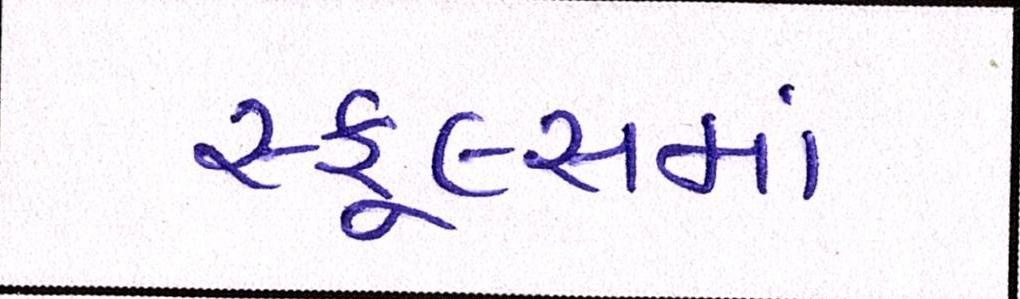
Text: સ્કૂલ્સમાં